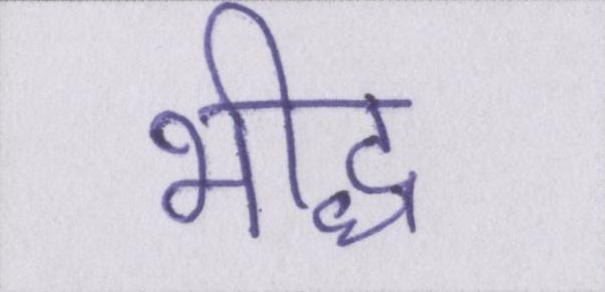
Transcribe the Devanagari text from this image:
भीद्ध